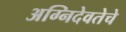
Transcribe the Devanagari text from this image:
अग्निदेवतेचे